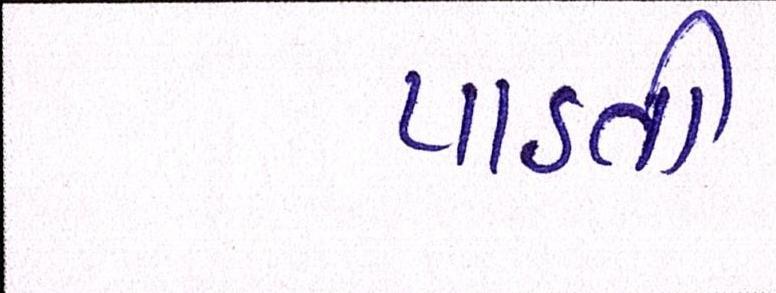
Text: પાડતી